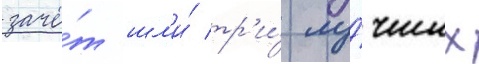
зачё́т шл'и́ тр'и́ лу́чших